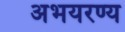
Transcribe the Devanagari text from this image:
अभयरण्य